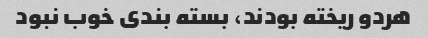
هردو ریخته بودند، بسته بندی خوب نبود